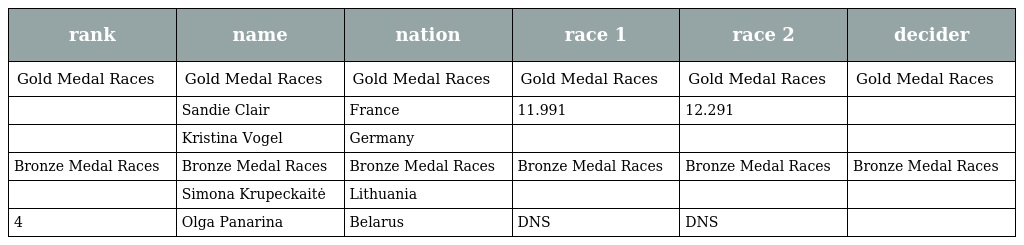
| rank | name | nation | race 1 | race 2 | decider |
 | --- | --- | --- | --- | --- | --- |
 | Gold Medal Races | Gold Medal Races | Gold Medal Races | Gold Medal Races | Gold Medal Races | Gold Medal Races |
 |  | Sandie Clair | France | 11.991 | 12.291 |  |
 |  | Kristina Vogel | Germany |  |  |  |
 | Bronze Medal Races | Bronze Medal Races | Bronze Medal Races | Bronze Medal Races | Bronze Medal Races | Bronze Medal Races |
 |  | Simona Krupeckaitė | Lithuania |  |  |  |
 | 4 | Olga Panarina | Belarus | DNS | DNS |  |